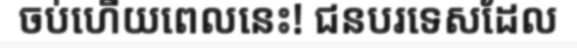
ចប់ហើយពេលនេះ! ជនបរទេសដែល